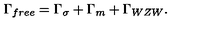
\Gamma _ { f r e e } = \Gamma _ { \sigma } + \Gamma _ { m } + \Gamma _ { W Z W } .